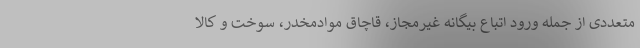
متعددی از جمله ورود اتباع بیگانه غیرمجاز، قاچاق موادمخدر، سوخت و کالا